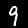
Label: 9